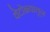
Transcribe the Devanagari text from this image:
वेटोळ्यातून